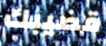
قضيبك